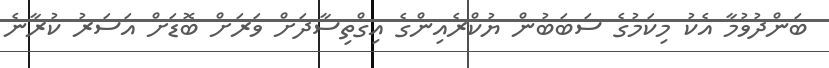
ބަންދުވުމާ އެކު މިކަމުގެ ސަބަބުން ޔުކްރެއިންގެ އިގްތިސާދަށް ވަރަށް ބޮޑަށް އަސަރު ކުރާނެ